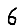
Digit: 6